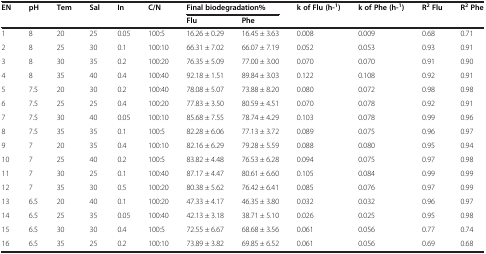
<table><thead><tr><td><b>EN</b></td><td><b>pH</b></td><td><b>Tem</b></td><td><b>Sal</b></td><td><b>In</b></td><td><b>C/N</b></td><td colspan="2"><b>Final biodegradation%</b></td><td><b>k of Flu (h-<sup>1</sup>)</b></td><td><b>k of Phe (h-<sup>1</sup>)</b></td><td><b>R<sup>2</sup>Flu</b></td><td><b>R<sup>2</sup>Phe</b></td></tr><tr><td></td><td></td><td></td><td></td><td></td><td></td><td><b>Flu</b></td><td><b>Phe</b></td><td></td><td></td><td></td><td></td></tr></thead><tbody><tr><td>1</td><td>8</td><td>20</td><td>25</td><td>0.05</td><td>100:5</td><td>16.26 ± 0.29</td><td>16.45 ± 3.63</td><td>0.008</td><td>0.009</td><td>0.68</td><td>0.71</td></tr><tr><td>2</td><td>8</td><td>25</td><td>30</td><td>0.1</td><td>100:10</td><td>66.31 ± 7.02</td><td>66.07 ± 7.19</td><td>0.052</td><td>0.053</td><td>0.93</td><td>0.91</td></tr><tr><td>3</td><td>8</td><td>30</td><td>35</td><td>0.2</td><td>100:20</td><td>76.35 ± 5.09</td><td>77.00 ± 3.00</td><td>0.070</td><td>0.070</td><td>0.91</td><td>0.90</td></tr><tr><td>4</td><td>8</td><td>35</td><td>40</td><td>0.4</td><td>100:40</td><td>92.18 ± 1.51</td><td>89.84 ± 3.03</td><td>0.122</td><td>0.108</td><td>0.92</td><td>0.91</td></tr><tr><td>5</td><td>7.5</td><td>20</td><td>30</td><td>0.2</td><td>100:40</td><td>78.08 ± 5.07</td><td>73.88 ± 8.20</td><td>0.080</td><td>0.072</td><td>0.98</td><td>0.98</td></tr><tr><td>6</td><td>7.5</td><td>25</td><td>25</td><td>0.4</td><td>100:20</td><td>77.83 ± 3.50</td><td>80.59 ± 4.51</td><td>0.070</td><td>0.078</td><td>0.92</td><td>0.91</td></tr><tr><td>7</td><td>7.5</td><td>30</td><td>40</td><td>0.05</td><td>100:10</td><td>85.68 ± 7.55</td><td>78.74 ± 4.29</td><td>0.103</td><td>0.078</td><td>0.99</td><td>0.96</td></tr><tr><td>8</td><td>7.5</td><td>35</td><td>35</td><td>0.1</td><td>100:5</td><td>82.28 ± 6.06</td><td>77.13 ± 3.72</td><td>0.089</td><td>0.075</td><td>0.96</td><td>0.97</td></tr><tr><td>9</td><td>7</td><td>20</td><td>35</td><td>0.4</td><td>100:10</td><td>82.16 ± 6.29</td><td>79.28 ± 5.59</td><td>0.088</td><td>0.080</td><td>0.95</td><td>0.94</td></tr><tr><td>10</td><td>7</td><td>25</td><td>40</td><td>0.2</td><td>100:5</td><td>83.82 ± 4.48</td><td>76.53 ± 6.28</td><td>0.094</td><td>0.075</td><td>0.97</td><td>0.98</td></tr><tr><td>11</td><td>7</td><td>30</td><td>25</td><td>0.1</td><td>100:40</td><td>87.17 ± 4.47</td><td>80.61 ± 6.60</td><td>0.105</td><td>0.084</td><td>0.99</td><td>0.99</td></tr><tr><td>12</td><td>7</td><td>35</td><td>30</td><td>0.5</td><td>100:20</td><td>80.38 ± 5.62</td><td>76.42 ± 6.41</td><td>0.085</td><td>0.076</td><td>0.97</td><td>0.99</td></tr><tr><td>13</td><td>6.5</td><td>20</td><td>40</td><td>0.1</td><td>100:20</td><td>47.33 ± 4.17</td><td>46.35 ± 3.80</td><td>0.032</td><td>0.032</td><td>0.96</td><td>0.97</td></tr><tr><td>14</td><td>6.5</td><td>25</td><td>35</td><td>0.05</td><td>100:40</td><td>42.13 ± 3.18</td><td>38.71 ± 5.10</td><td>0.026</td><td>0.025</td><td>0.95</td><td>0.98</td></tr><tr><td>15</td><td>6.5</td><td>30</td><td>30</td><td>0.4</td><td>100:5</td><td>72.55 ± 6.67</td><td>68.68 ± 3.56</td><td>0.061</td><td>0.056</td><td>0.77</td><td>0.74</td></tr><tr><td>16</td><td>6.5</td><td>35</td><td>25</td><td>0.2</td><td>100:10</td><td>73.89 ± 3.82</td><td>69.85 ± 6.52</td><td>0.061</td><td>0.056</td><td>0.69</td><td>0.68</td></tr></tbody></table>